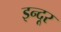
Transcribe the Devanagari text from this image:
इन्दूर